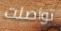
تواصلت